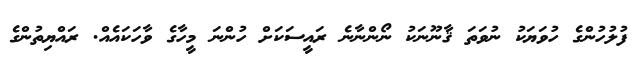
ފުލުހުންގެ ހުވަޔަކު ނުވަތަ ޤާނޫނަކު ނޯންނާނެ ރައީސަކަށް ހުންނަ މީހާގެ ވާހަކައެއް. ރައްޔިތުންގެ